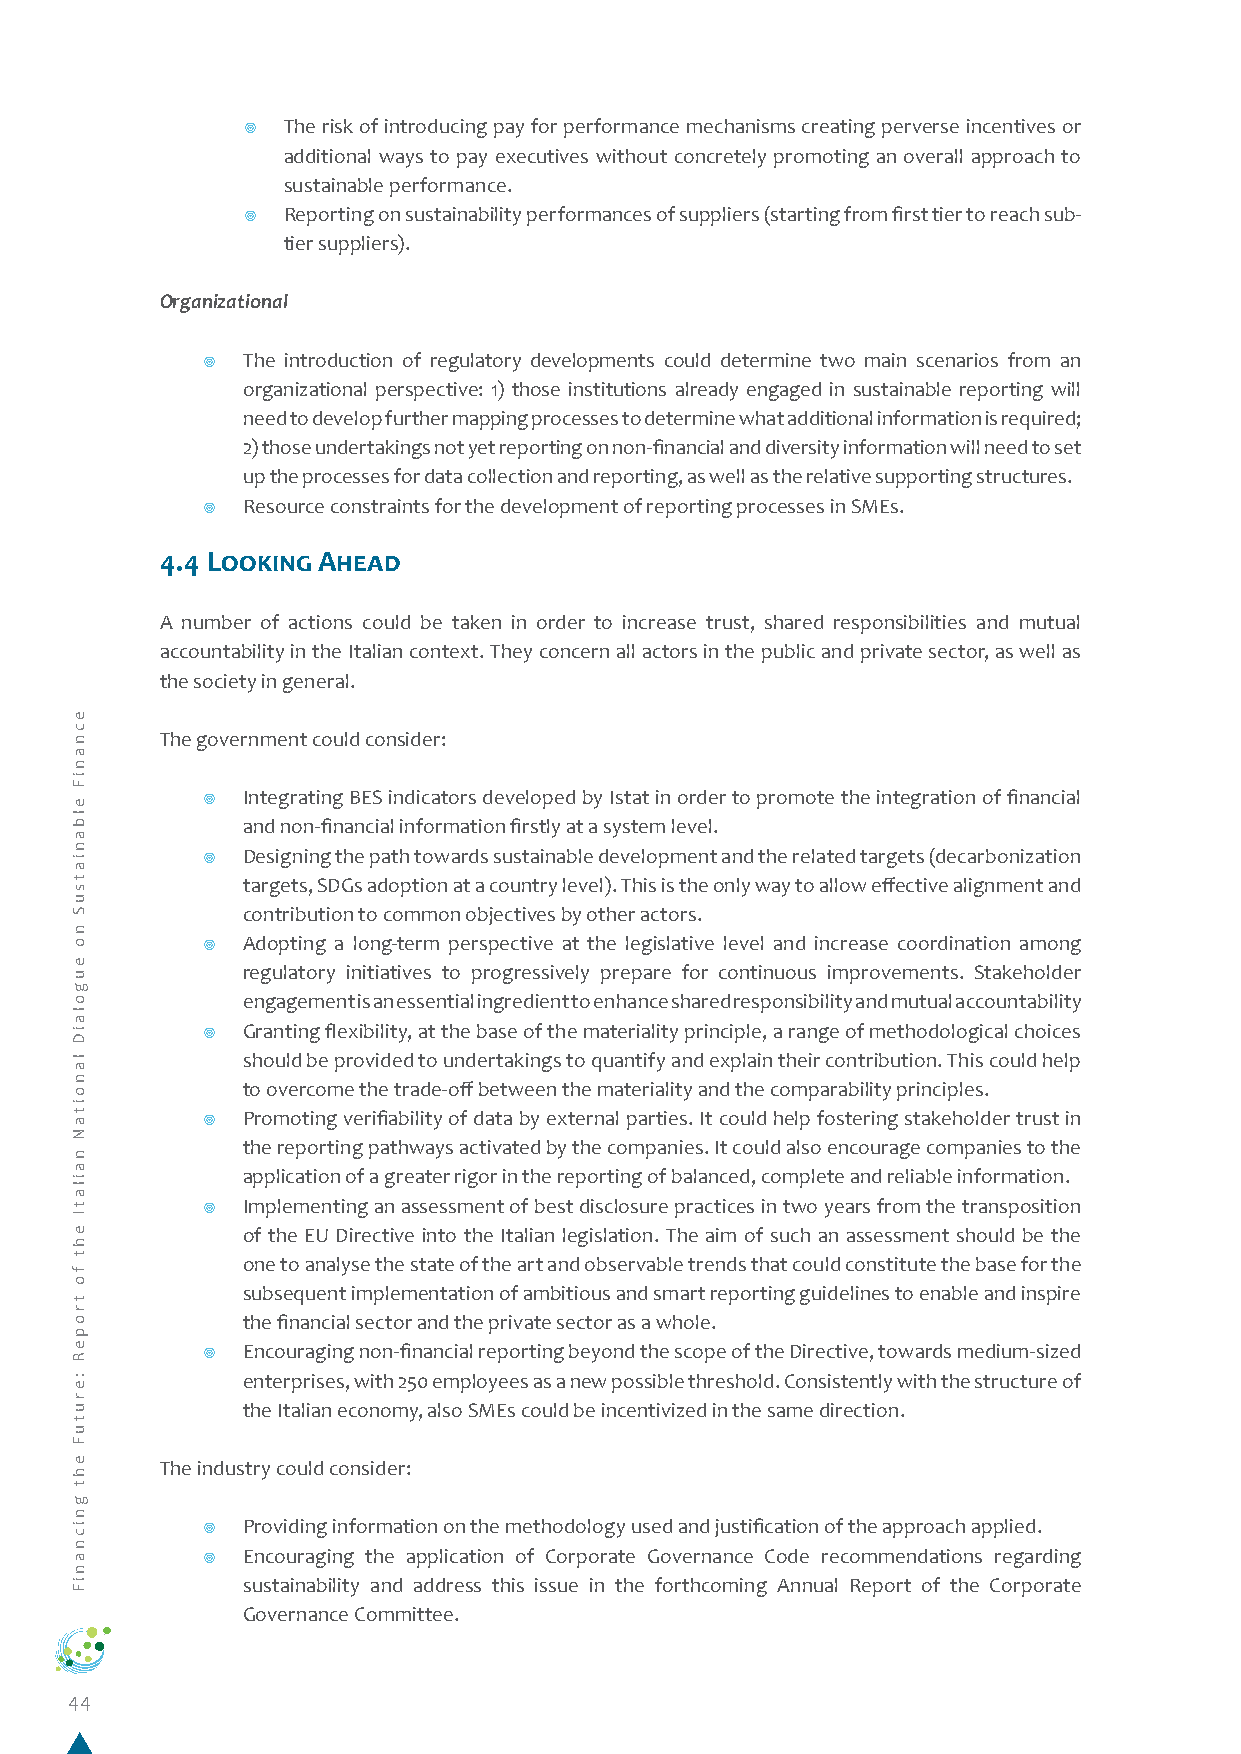
¥  The risk of introducing pay for performance mechanisms creating perverse incentives or
 additional ways to pay executives without concretely promoting an overall approach to
 sustainable performance.
 ¥  Reporting on sustainability performances of suppliers (starting from first tier to reach sub-
 tier suppliers).
 Organizational
 ¥  The introduction of regulatory developments could determine two main scenarios from an
 organizational perspective: 1) those institutions already engaged in sustainable reporting will
 need to develop further mapping processes to determine what additional information is required;
 2) those undertakings not yet reporting on non-financial and diversity information will need to set
 up the processes for data collection and reporting, as well as the relative supporting structures.
 ¥  Resource constraints for the development of reporting processes in SMEs.
 4.4 Looking Ahead
 A number of actions could be taken in order to increase trust, shared responsibilities and mutual
 accountability in the Italian context. They concern all actors in the public and private sector, as well as
 the society in general.
 The government could consider:
 ¥  Integrating BES indicators developed by Istat in order to promote the integration of financial
 and non-financial information firstly at a system level.
 ¥  Designing the path towards sustainable development and the related targets (decarbonization
 targets, SDGs adoption at a country level). This is the only way to allow effective alignment and
 contribution to common objectives by other actors.
 ¥  Adopting a long-term perspective at the legislative level and increase coordination among
 regulatory initiatives to progressively prepare for continuous improvements. Stakeholder
 engagement is an essential ingredient to enhance shared responsibility and mutual accountability
 ¥  Granting flexibility, at the base of the materiality principle, a range of methodological choices
 should be provided to undertakings to quantify and explain their contribution. This could help
 to overcome the trade-off between the materiality and the comparability principles.
 ¥  Promoting verifiability of data by external parties. It could help fostering stakeholder trust in
 the reporting pathways activated by the companies. It could also encourage companies to the
 application of a greater rigor in the reporting of balanced, complete and reliable information.
 ¥  Implementing an assessment of best disclosure practices in two years from the transposition
 of the EU Directive into the Italian legislation. The aim of such an assessment should be the
 one to analyse the state of the art and observable trends that could constitute the base for the
 subsequent implementation of ambitious and smart reporting guidelines to enable and inspire
 the financial sector and the private sector as a whole.
 ¥  Encouraging non-financial reporting beyond the scope of the Directive, towards medium-sized
 enterprises, with 250 employees as a new possible threshold. Consistently with the structure of
 the Italian economy, also SMEs could be incentivized in the same direction.
 The industry could consider:
 ¥  Providing information on the methodology used and justification of the approach applied.
 ¥  Encouraging the application of Corporate Governance Code recommendations regarding
 sustainability and address this issue in the forthcoming Annual Report of the Corporate
 Governance Committee.
 44
 ecnaniF
 elbaniatsuS
 no
 eugolaiD
 lanoitaN
 nailatI
 eht
 fo
 tropeR
 :erutuF
 eht
 gnicnaniF